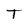
Character: T